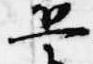
兵